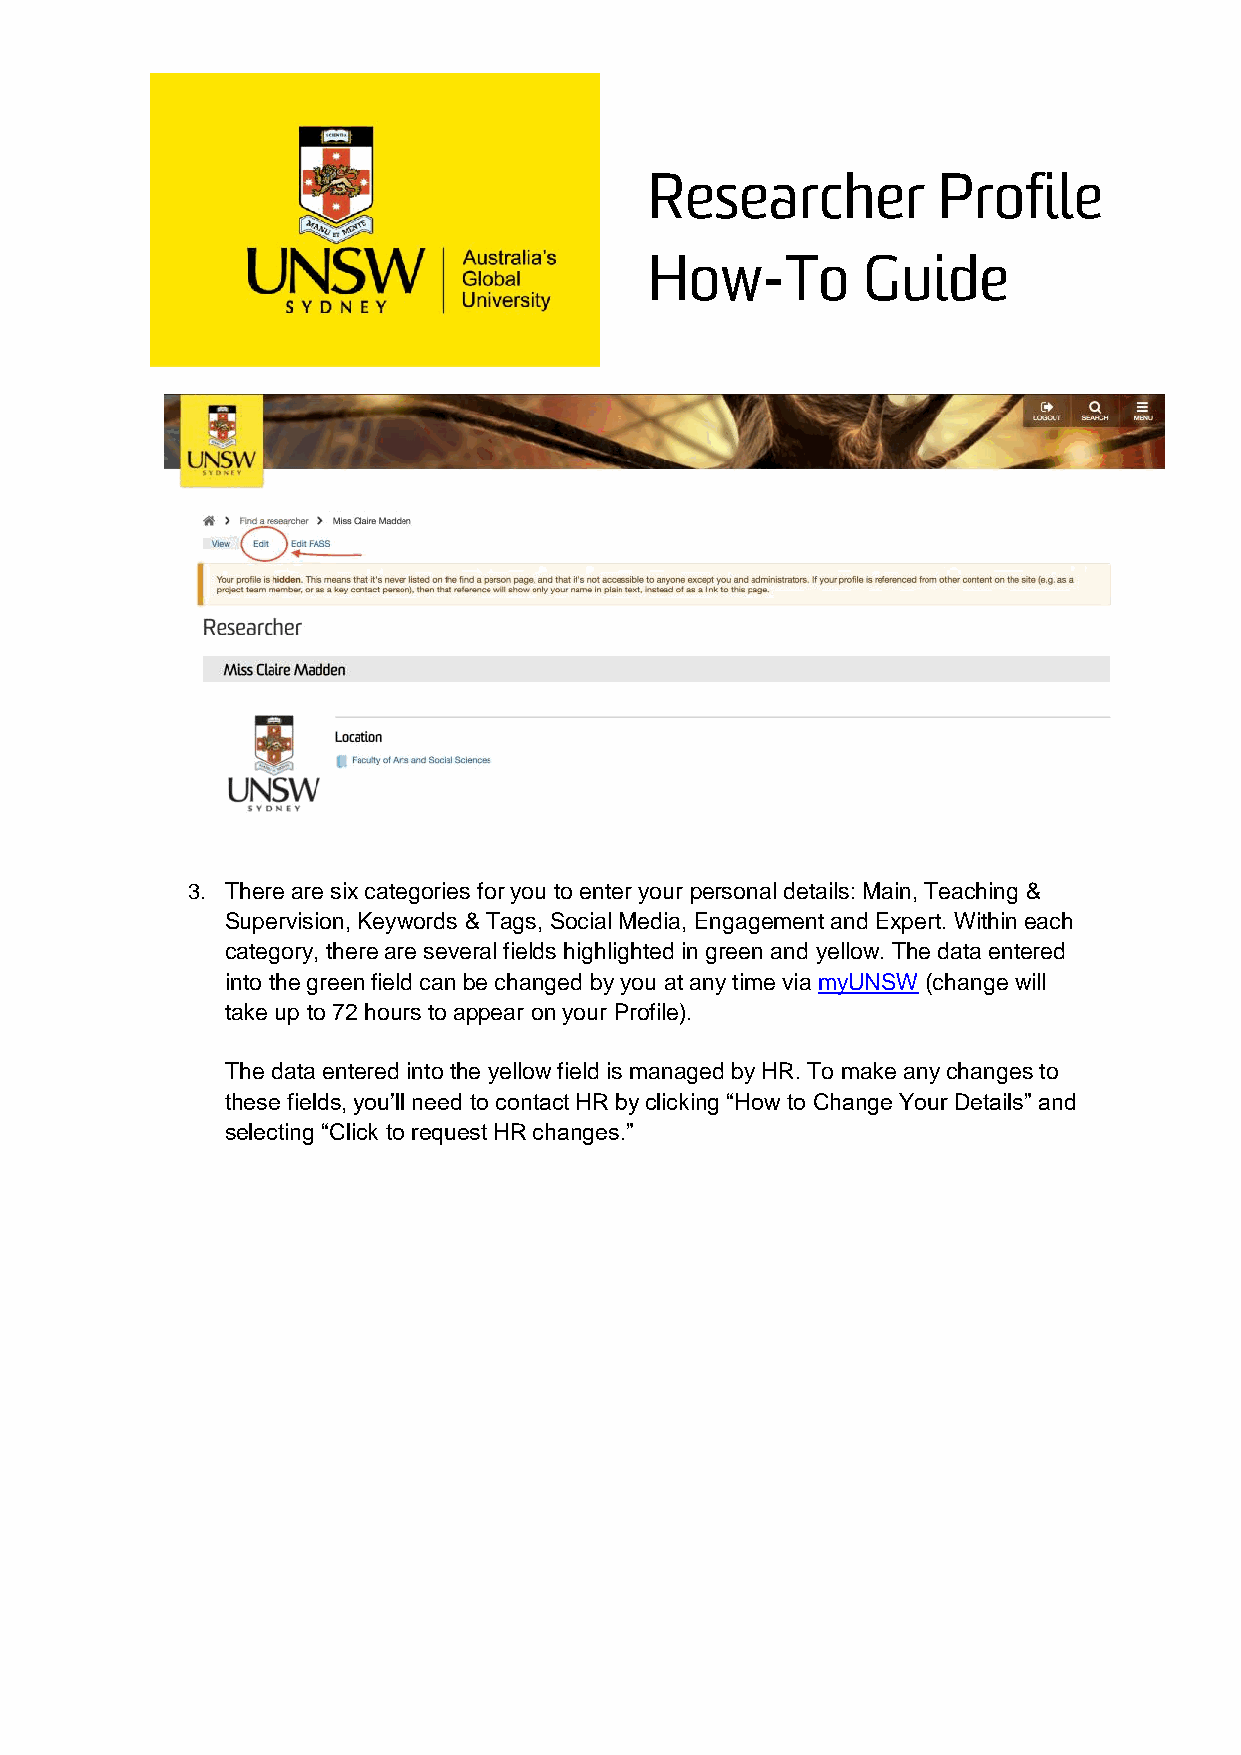
3. There are six categories for you to enter your personal details: Main, Teaching &
 Supervision, Keywords & Tags, Social Media, Engagement and Expert. Within each
 category, there are several fields highlighted in green and yellow. The data entered
 into the green field can be changed by you at any time via myUNSW (change will
 take up to 72 hours to appear on your Profile).
 The data entered into the yellow field is managed by HR. To make any changes to
 these fields, you’ll need to contact HR by clicking “How to Change Your Details” and
 selecting “Click to request HR changes.”